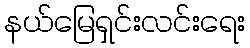
နယ်မြေရှင်းလင်းရေး